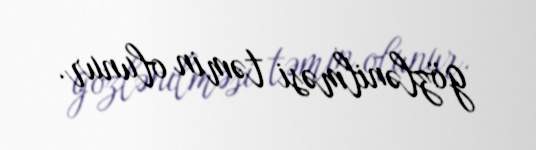
gözlənilməsi təmin olunur.